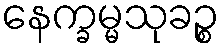
နေက္ခမ္မသုခဉ္စ